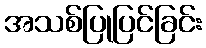
အသစ်ပြုပြင်ခြင်း